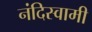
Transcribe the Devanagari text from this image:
नंदिस्वामी